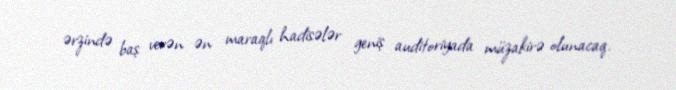
ərzində baş verən ən maraqlı hadisələr geniş auditoriyada müzakirə olunacaq.